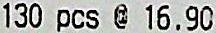
130 PCS @ 16.90